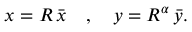
x = R \, \bar { x } \quad , \quad y = R ^ { \alpha } \, \bar { y } .